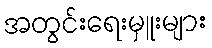
အတွင်းရေးမှူးများ